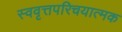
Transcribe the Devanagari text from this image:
स्ववृत्तपरिचयात्मक